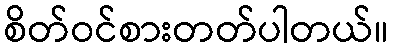
စိတ်ဝင်စားတတ်ပါတယ်။